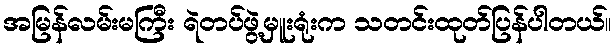
အမြန်လမ်းမကြီး ရဲတပ်ဖွဲ့မှူးရုံးက သတင်းထုတ်ပြန်ပါတယ်။